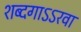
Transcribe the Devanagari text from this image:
शब्दगाऽऽरवा